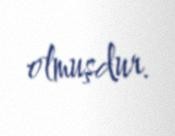
olmuşdur.